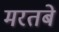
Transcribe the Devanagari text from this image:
मरतबे